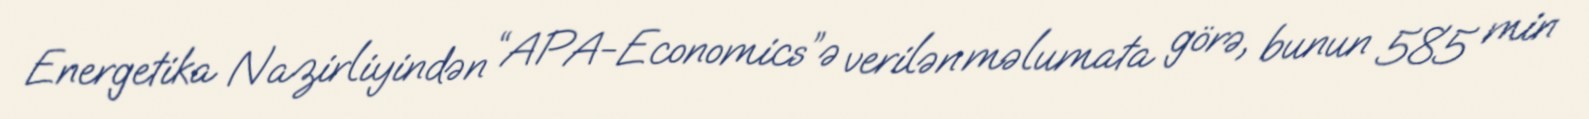
Energetika Nazirliyindən “APA-Economics”ə verilən məlumata görə, bunun 585 min